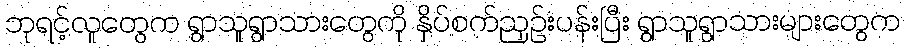
ဘုရင့်လူတွေက ရွာသူရွာသားတွေကို နှိပ်စက်ညှဉ်းပန်းပြီး ရွာသူရွာသားများတွေက